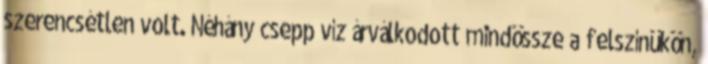
szerencsétlen volt. Néhány csepp víz árválkodott mindössze a felszínükön,